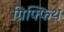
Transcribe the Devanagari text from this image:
ग्रिफ्फिथ